Civil Veterinary Dept. Bombay admin report 1932-41 - 1932-1941
Year: 1932
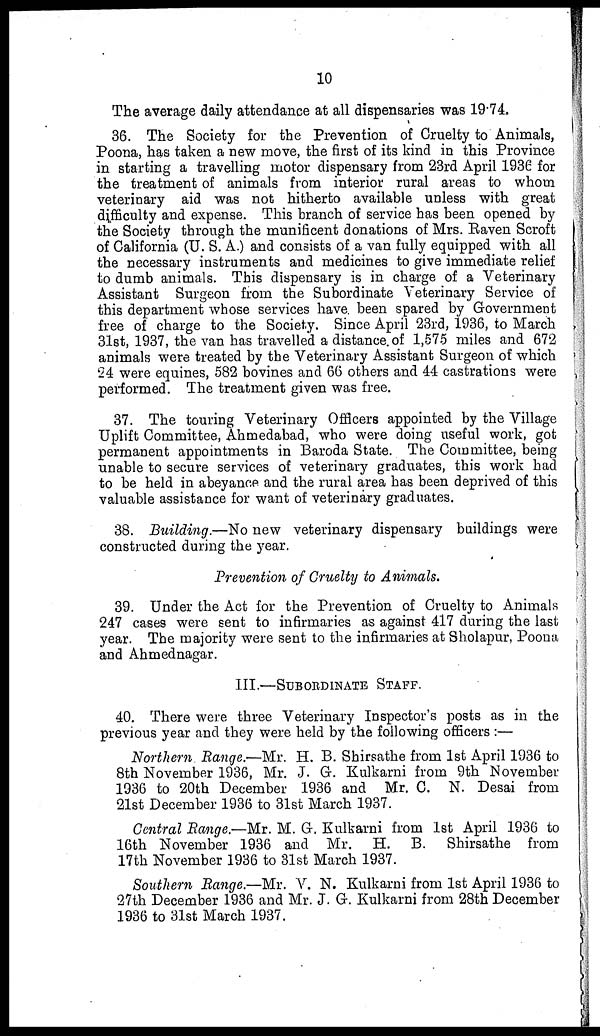
10
The average daily attendance at all dispensaries was 19.74.
36. The Society for the Prevention of Cruelty to Animals,
Poona, has taken a new move, the first of its kind in this Province
in starting a travelling motor dispensary from 23rd April 1936 for
the treatment of animals from interior rural areas to whom
veterinary aid was not hitherto available unless with great
difficulty and expense. This branch of service has been opened by
the Society through the munificent donations of Mrs. Raven Scroft
of California (U. S. A.) and consists of a van fully equipped with all
the necessary instruments and medicines to give immediate relief
to dumb animals. This dispensary is in charge of a Veterinary
Assistant Surgeon from the Subordinate Veterinary Service of
this department whose services have been spared by Government
free of charge to the Society. Since April 23rd, 1936, to March
31st, 1937, the van has travelled a distance of 1,575 miles and 672
animals were treated by the Veterinary Assistant Surgeon of which
24 were equines, 582 bovines and 66 others and 44 castrations were
performed. The treatment given was free.
37. The touring Veterinary Officers appointed by the Village
Uplift Committee, Ahmedabad, who were doing useful work, got
permanent appointments in Baroda State. The Committee, being
unable to secure services of veterinary graduates, this work had
to be held in abeyance and the rural area has been deprived of this
valuable assistance for want of veterinary graduates.
38. Building.—No new veterinary dispensary buildings were
constructed during the year.
Prevention of Cruelty to Animals.
39. Under the Act for the Prevention of Cruelty to Animals
247 cases were sent to infirmaries as against 417 during the last
year. The majority were sent to the infirmaries at Sholapur, Poona
and Ahmednagar.
III.—SUBORDINATE STAFF.
40. There were three Veterinary Inspector's posts as in the
previous year and they were held by the following officers :—
Northern Range.—Mr. H. B. Shirsathe from 1st April 1936 to
8th November 1936, Mr. J. G. Kulkarni from 9th November
1936 to 20th December 1936 and Mr. C. N. Desai from
21st December 1936 to 31st March 1937.
Central Range.—Mr. M. G. Kulkarni from 1st April 1936 to
16th November 1936 and Mr. H. B. Shirsathe from
17th November 1936 to 31st March 1937.
Southern Range.—Mr. V. N. Kulkarni from 1st April 1936 to
27th December 1936 and Mr. J. G. Kulkarni from 28th December
1936 to 31st March 1937.